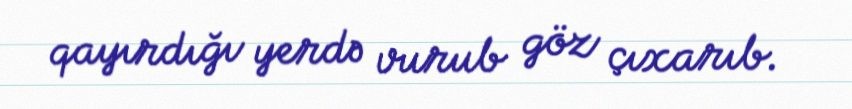
qayırdığı yerdə vurub göz çıxarıb.